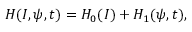
H ( I , \psi , t ) = H _ { 0 } ( I ) + H _ { 1 } ( \psi , t ) ,